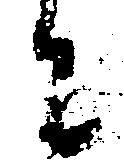
に